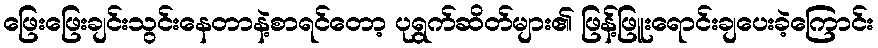
ဖြေးဖြေးချင်းသွင်းနေတာနဲ့စာရင်တော့ ပုရွက်ဆိတ်များ၏ ဖြန့်ဖြူးရောင်းချပေးခဲ့ကြောင်း